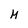
Character: M